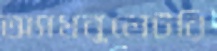
অ্যামবুলেটরি